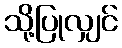
သို့ပြုလျှင်